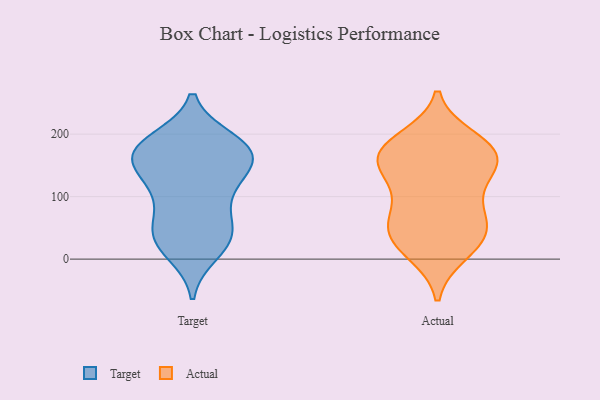
{"axis": {"x": "Budget (USD K)", "y": "Value"}, "legend": ["Actual", "Target"], "data": [{"x": "", "y": 43, "type": "Target"}, {"x": "", "y": 125, "type": "Target"}, {"x": "", "y": 50, "type": "Target"}, {"x": "", "y": 92, "type": "Target"}, {"x": "", "y": 25, "type": "Target"}, {"x": "", "y": 167, "type": "Target"}, {"x": "", "y": 166, "type": "Target"}, {"x": "", "y": 174, "type": "Target"}, {"x": "", "y": 11, "type": "Target"}, {"x": "", "y": 54, "type": "Target"}, {"x": "", "y": 164, "type": "Target"}, {"x": "", "y": 122, "type": "Target"}, {"x": "", "y": 121, "type": "Target"}, {"x": "", "y": 166, "type": "Target"}, {"x": "", "y": 189, "type": "Target"}, {"x": "", "y": 173, "type": "Target"}, {"x": "", "y": 185, "type": "Target"}, {"x": "", "y": 29, "type": "Target"}, {"x": "", "y": 51, "type": "Actual"}, {"x": "", "y": 176, "type": "Actual"}, {"x": "", "y": 174, "type": "Actual"}, {"x": "", "y": 60, "type": "Actual"}, {"x": "", "y": 18, "type": "Actual"}, {"x": "", "y": 79, "type": "Actual"}, {"x": "", "y": 163, "type": "Actual"}, {"x": "", "y": 191, "type": "Actual"}, {"x": "", "y": 171, "type": "Actual"}, {"x": "", "y": 125, "type": "Actual"}, {"x": "", "y": 114, "type": "Actual"}, {"x": "", "y": 42, "type": "Actual"}, {"x": "", "y": 158, "type": "Actual"}, {"x": "", "y": 43, "type": "Actual"}, {"x": "", "y": 11, "type": "Actual"}, {"x": "", "y": 153, "type": "Actual"}]}